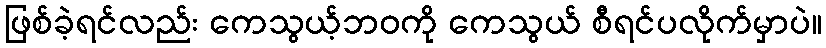
ဖြစ်ခဲ့ရင်လည်း ကေသွယ့်ဘဝကို ကေသွယ် စီရင်ပလိုက်မှာပဲ။